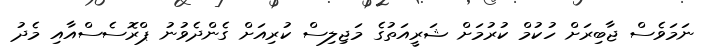
ނަމަވެސް ޖާބިރަށް ހުކުމް ކުރުމަށް ޝަރީއަތުގެ މަޖިލިސް ކުރިއަށް ގެންދެވުނު ޕްރޮސެސްއާއި މެދު